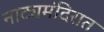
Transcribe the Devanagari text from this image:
नाट्यमंदिरात